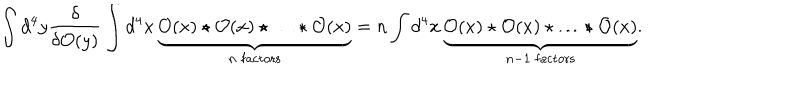
\int d ^ { 4 } y \frac { \delta } { \delta { \cal O } ( y ) } \int d ^ { 4 } x \, \underbrace { { \cal O } ( x ) \star { \cal O } ( x ) \star \ldots \star { \cal O } ( x ) } _ { n \mathrm { \; f a c t o r s } } = n \int d ^ { 4 } x \, \underbrace { { \cal O } ( x ) \star { \cal O } ( x ) \star \ldots \star { \cal O } ( x ) } _ { n - 1 \mathrm { \; f a c t o r s } } .